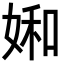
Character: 𡞈